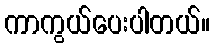
ကာကွယ်ပေးပါတယ်။